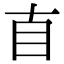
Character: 𥃭